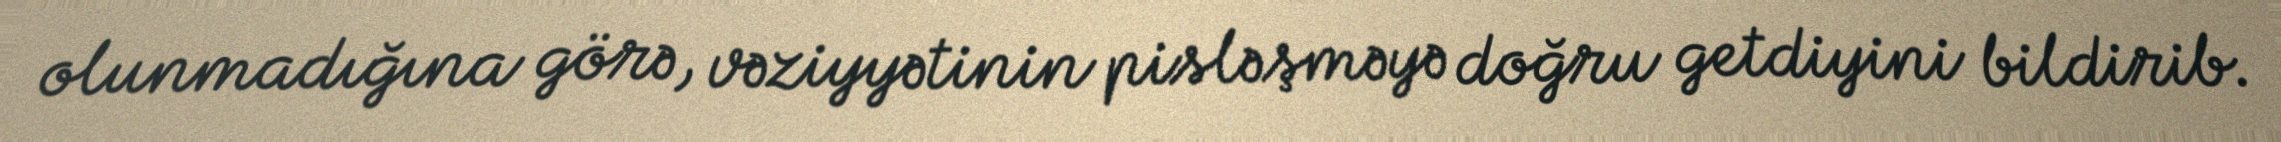
olunmadığına görə, vəziyyətinin pisləşməyə doğru getdiyini bildirib.